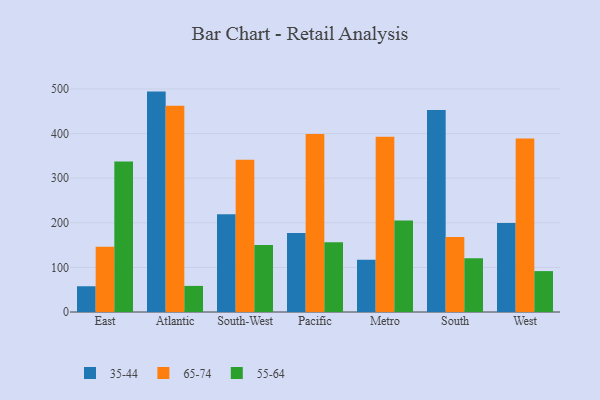
{"axis": {"x": "Region", "y": "Churn Rate (%)"}, "legend": ["35-44", "55-64", "65-74"], "data": [{"x": "East", "y": 57.7, "type": "35-44"}, {"x": "East", "y": 146.0, "type": "65-74"}, {"x": "East", "y": 337.2, "type": "55-64"}, {"x": "Atlantic", "y": 494.1, "type": "35-44"}, {"x": "Atlantic", "y": 462.4, "type": "65-74"}, {"x": "Atlantic", "y": 58.5, "type": "55-64"}, {"x": "South-West", "y": 219.0, "type": "35-44"}, {"x": "South-West", "y": 341.3, "type": "65-74"}, {"x": "South-West", "y": 150.4, "type": "55-64"}, {"x": "Pacific", "y": 177.1, "type": "35-44"}, {"x": "Pacific", "y": 399.3, "type": "65-74"}, {"x": "Pacific", "y": 156.3, "type": "55-64"}, {"x": "Metro", "y": 117.3, "type": "35-44"}, {"x": "Metro", "y": 392.7, "type": "65-74"}, {"x": "Metro", "y": 205.1, "type": "55-64"}, {"x": "South", "y": 452.7, "type": "35-44"}, {"x": "South", "y": 168.3, "type": "65-74"}, {"x": "South", "y": 120.5, "type": "55-64"}, {"x": "West", "y": 199.6, "type": "35-44"}, {"x": "West", "y": 388.8, "type": "65-74"}, {"x": "West", "y": 91.7, "type": "55-64"}]}